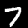
Label: 7